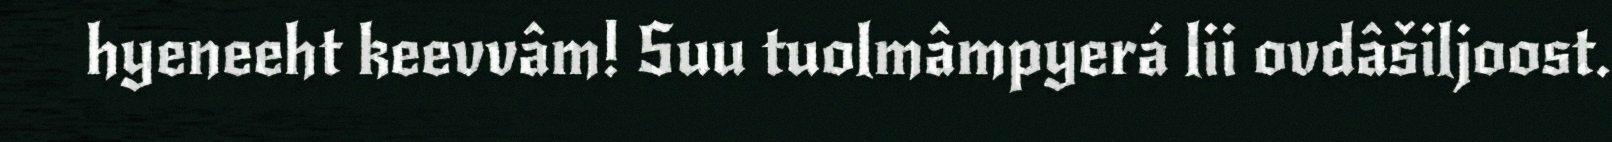
hyeneeht keevvâm! Suu tuolmâmpyerá lii ovdâšiljoost.